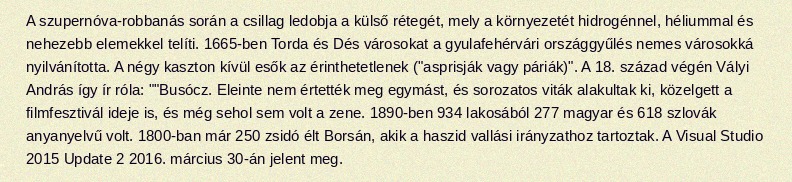
A szupernóva-robbanás során a csillag ledobja a külső rétegét, mely a környezetét hidrogénnel, héliummal és nehezebb elemekkel telíti. 1665-ben Torda és Dés városokat a gyulafehérvári országgyűlés nemes városokká nyilvánította. A négy kaszton kívül esők az érinthetetlenek ("asprisják vagy páriák)". A 18. század végén Vályi András így ír róla: ""Busócz. Eleinte nem értették meg egymást, és sorozatos viták alakultak ki, közelgett a filmfesztivál ideje is, és még sehol sem volt a zene. 1890-ben 934 lakosából 277 magyar és 618 szlovák anyanyelvű volt. 1800-ban már 250 zsidó élt Borsán, akik a haszid vallási irányzathoz tartoztak. A Visual Studio 2015 Update 2 2016. március 30-án jelent meg.